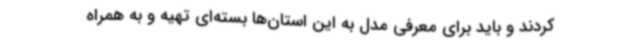
کردند و باید برای معرفی مدل به این استان‌ها بسته‌ای تهیه و به همراه